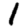
Digit: 1